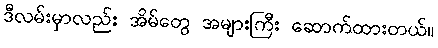
ဒီလမ်းမှာလည်း အိမ်တွေ အများကြီး ဆောက်ထားတယ်။